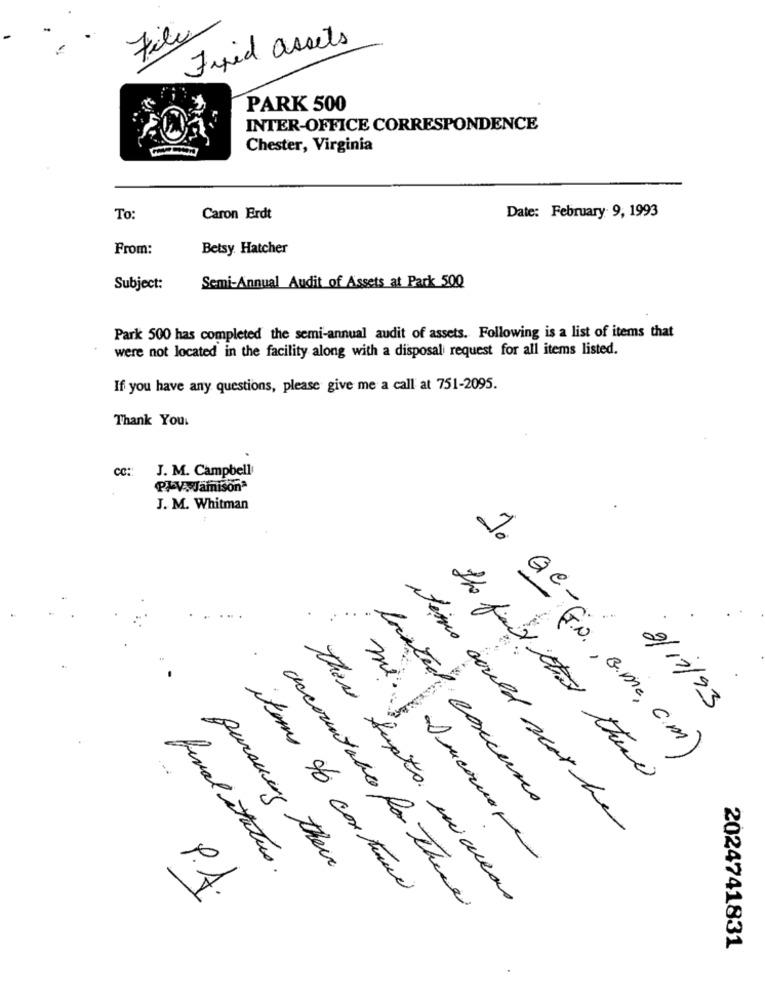
File
Fixed assets
PARK 500
INTER-OFFICE CORRESPONDENCE
Chester, Virginia
To:
Caron Erdt
Date: February 9, 1993
From:
Betsy. Hatcher
Subject:
Semi-Annual Audit of Assets at Park 500
Park 500 has completed the semi-annual audit of assets. Following is a list of items that
were not located in the facility along with a disposal request for all items listed.
If you have any questions, please give me a call at 751-2095.
Thank You.
Cc ::
J. M. Campbell
PAVJamisona
J. M. Whitman
1. Ge-
2/11/93
(io ., B.me, c.m)
the fact that there
luxtech concerns
items could scar he
pursuing there
final status .
items to continue
there supto micas
accountable for there
2024741831